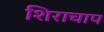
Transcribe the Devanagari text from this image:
शिराचाप